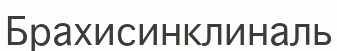
Брахисинклиналь